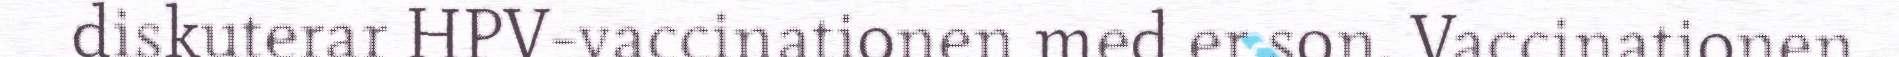
diskuterar HPV-vaccinationen med er son. Vaccinationen